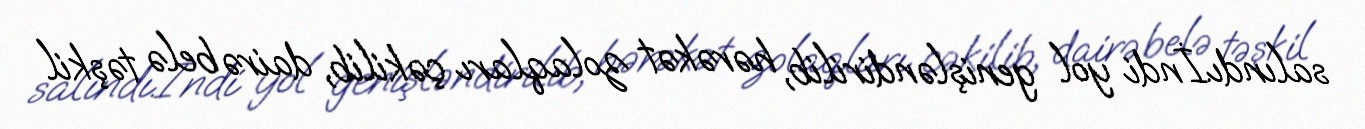
salındı.İndi yol genişləndirilib, hərəkət zolaqları çəkilib, dairə belə təşkil